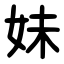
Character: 妹